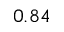
0 . 8 4